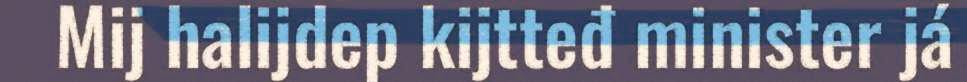
Mij halijdep kijtteđ minister já